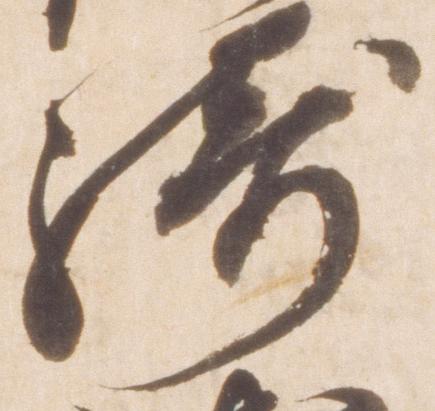
綺